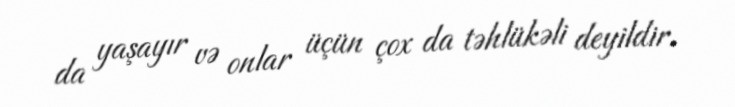
da yaşayır və onlar üçün çox da təhlükəli deyildir.